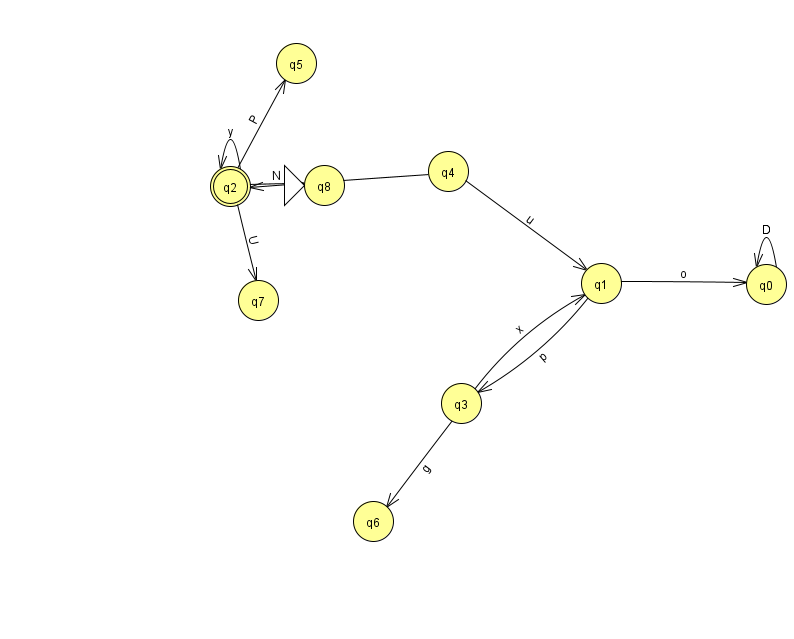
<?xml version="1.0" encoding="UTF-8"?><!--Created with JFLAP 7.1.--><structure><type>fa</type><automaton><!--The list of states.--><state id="0" name="q0"><x>766.0</x><y>271.0</y></state><state id="1" name="q1"><x>601.0</x><y>270.0</y></state><state id="2" name="q2"><x>230.0</x><y>173.0</y><final/></state><state id="3" name="q3"><x>461.0</x><y>390.0</y></state><state id="4" name="q4"><x>448.0</x><y>158.0</y></state><state id="5" name="q5"><x>296.0</x><y>50.0</y></state><state id="6" name="q6"><x>373.0</x><y>508.0</y></state><state id="7" name="q7"><x>258.0</x><y>287.0</y></state><state id="8" name="q8"><x>324.0</x><y>172.0</y><initial/></state><!--The list of transitions.--><transition><from>4</from><to>1</to><read>u</read></transition><transition><from>2</from><to>5</to><read>P</read></transition><transition><from>3</from><to>1</to><read>x</read></transition><transition><from>3</from><to>6</to><read>g</read></transition><transition><from>2</from><to>8</to><read>N</read></transition><transition><from>0</from><to>0</to><read>D</read></transition><transition><from>1</from><to>0</to><read>o</read></transition><transition><from>4</from><to>2</to><read>T</read></transition><transition><from>2</from><to>7</to><read>U</read></transition><transition><from>1</from><to>3</to><read>p</read></transition><transition><from>2</from><to>2</to><read>y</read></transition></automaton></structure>